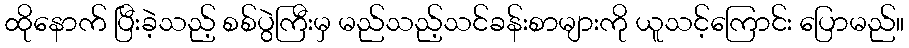
ထိုနောက် ပြီးခဲ့သည့် စစ်ပွဲကြီးမှ မည်သည့်သင်ခန်းစာများကို ယူသင့်ကြောင်း ပြောမည်။